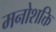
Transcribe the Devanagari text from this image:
मनोशक्ति